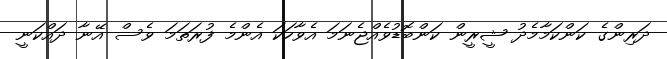
ދަރިންގެ ކަންކަމާމެދު ޝީރީން ކަންބޮޑުވެއްޖެނަމަ އެވާހަކަ އެންމެ ފުރަތަމަ ވެސް އޭނާ ދައްކަނީ